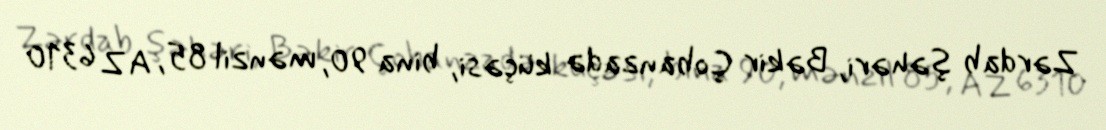
Zərdab şəhəri, Bəkir Çobanzadə küçəsi, bina 90, mənzil 85, AZ 6310